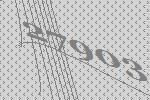
27903